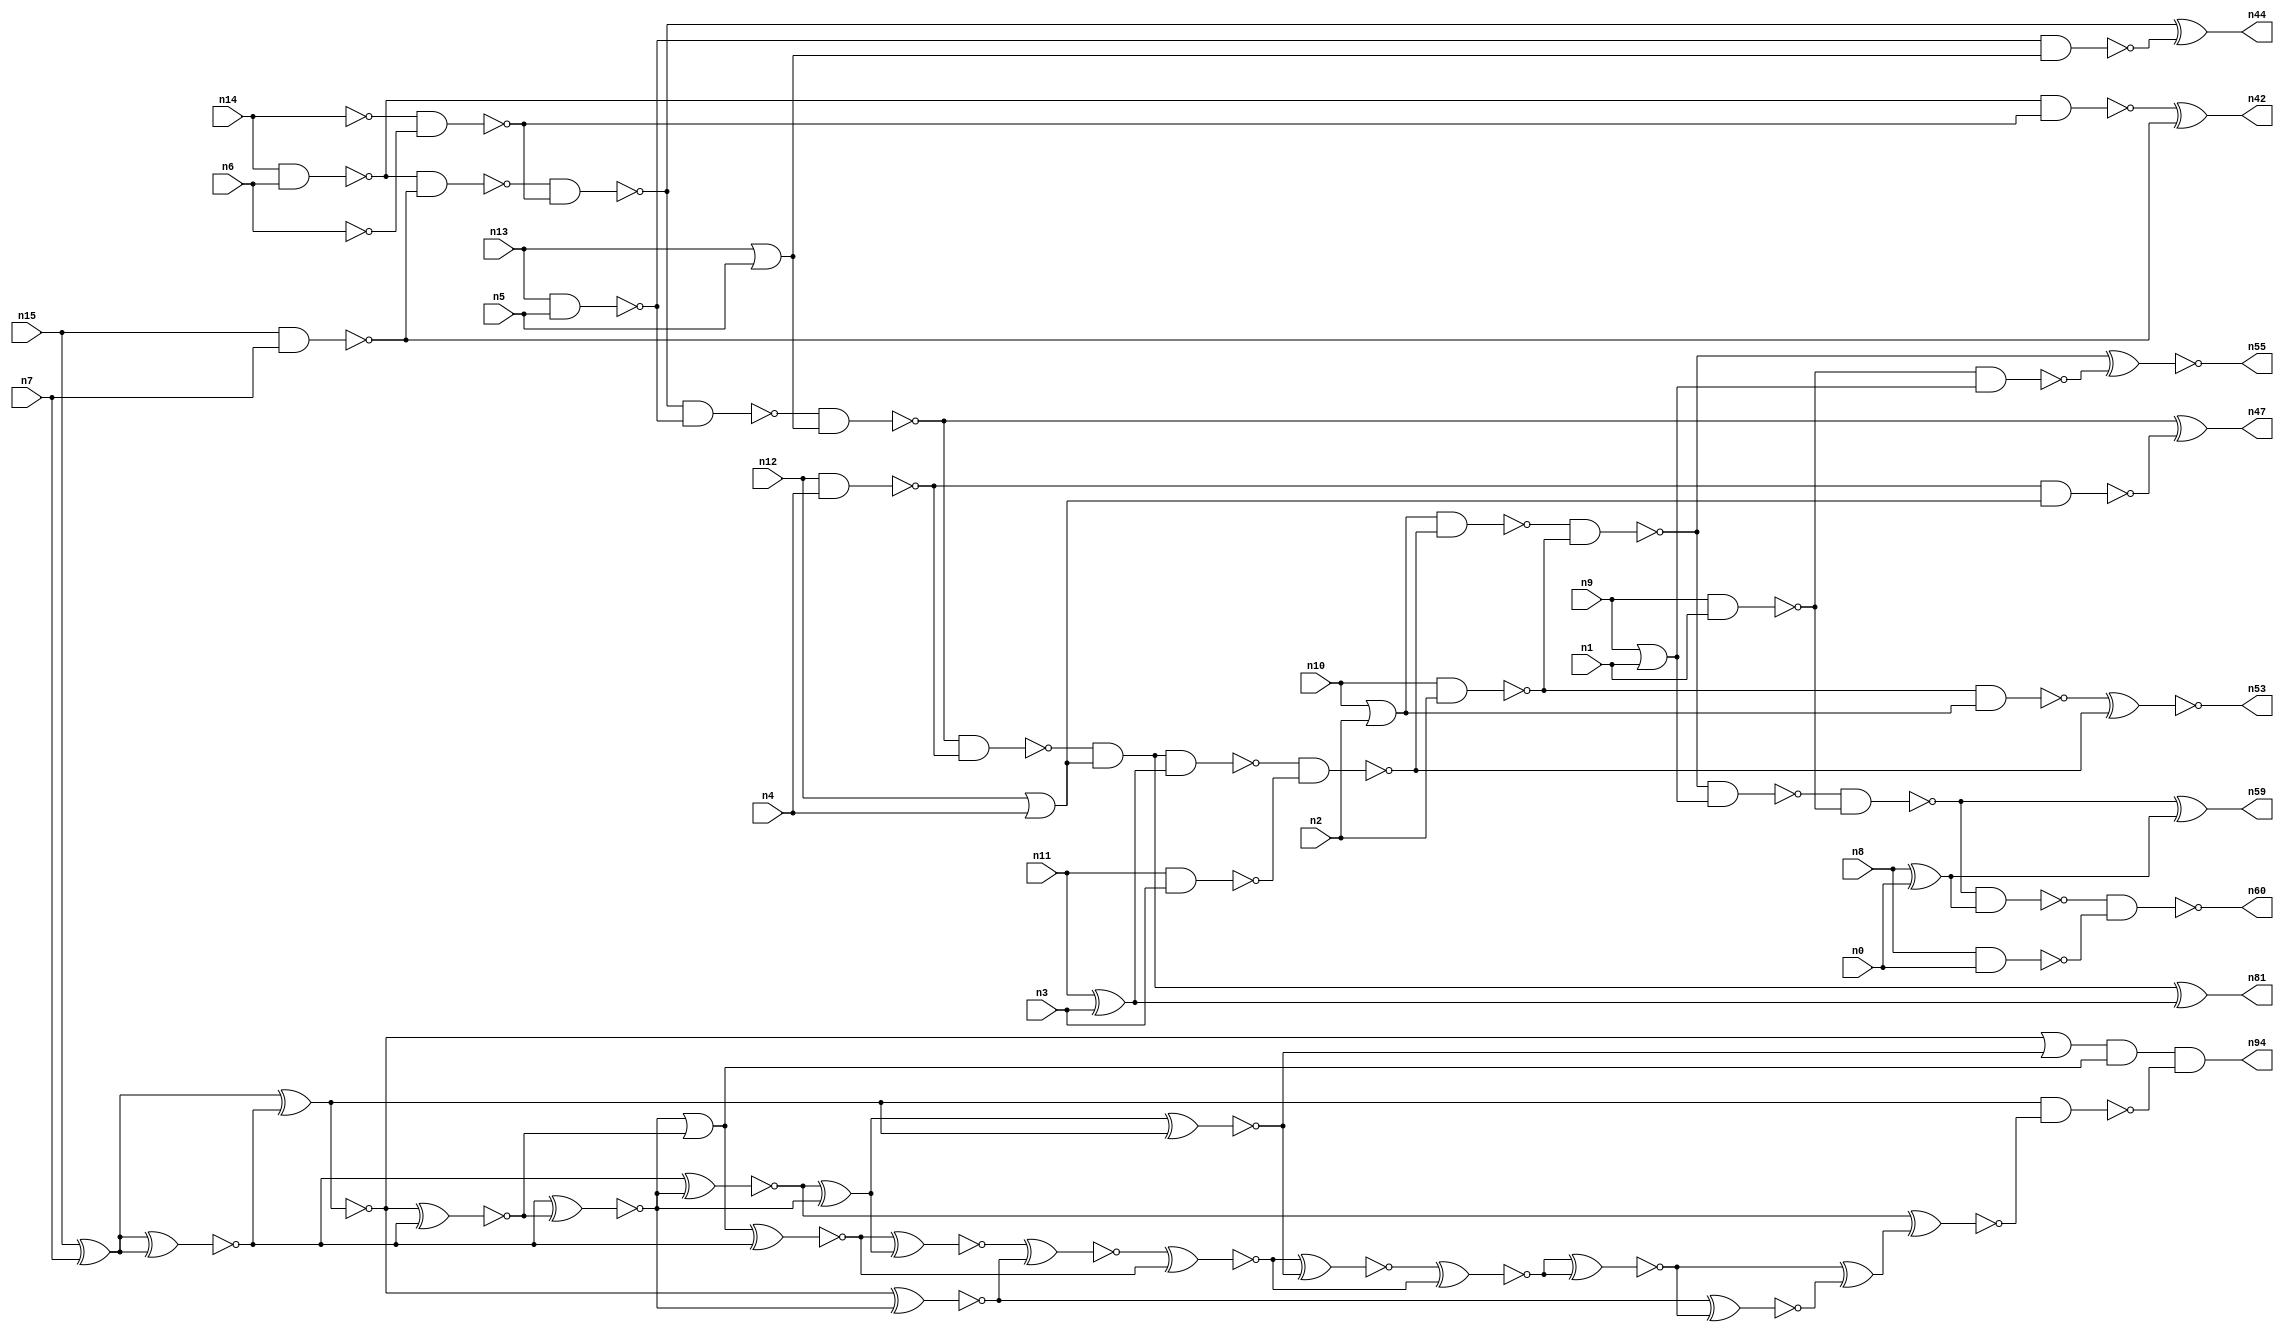
module addr8u_area_60 (
n0, n1, n2, n3, n4, n5, n6, n7, n8, n9, n10, n11, n12, n13, n14, n15, 
n60, n59, n55, n53, n81, n47, n44, n42, n94
);

input n0, n1, n2, n3, n4, n5, n6, n7, n8, n9, n10, n11, n12, n13, n14, n15;
output n60, n59, n55, n53, n81, n47, n44, n42, n94;
wire n30, n69, n61, n46, n68, n79, n18, n93, n45, n56, n37, n80, n40, n62, n25, n85, n67, n22, n38, n39, 
n57, n70, n19, n34, n76, n26, n50, n29, n72, n35, n91, n24, n52, n63, n75, n49, n74, n89, n17, n65, 
n87, n51, n82, n36, n20, n23, n16, n66, n48, n21, n41, n54, n27, n33, n28, n58, n86, n88, n71, n73, 
n31, n84, n32, n77, n43, n64;

nand (n16, n9, n1);
not (n17, n6);
or (n18, n12, n4);
xor (n19, n8, n0);
or (n20, n10, n2);
xor (n21, n11, n3);
nor (n22, n9, n1);
nand (n23, n12, n4);
nand (n24, n14, n6);
nand (n25, n15, n7);
xor (n26, n15, n7);
not (n27, n14);
nand (n28, n11, n3);
nand (n29, n10, n2);
or (n30, n13, n5);
nand (n31, n13, n5);
nand (n32, n8, n0);
nand (n33, n23, n18);
nand (n34, n27, n17);
not (n35, n22);
nand (n36, n31, n30);
nand (n37, n24, n25);
nand (n38, n29, n20);
nand (n39, n37, n34);
nand (n40, n24, n34);
nand (n41, n16, n35);
xor (n42, n40, n25);
nand (n43, n39, n31);
xor (n44, n39, n36);
nand (n45, n43, n30);
nand (n46, n45, n23);
xor (n47, n45, n33);
and (n48, n46, n18);
xor (n49, n48, n21);
nand (n50, n48, n21);
nand (n51, n50, n28);
nand (n52, n20, n51);
xnor (n53, n38, n51);
nand (n54, n52, n29);
xnor (n55, n54, n41);
nand (n56, n54, n35);
nand (n57, n56, n16);
nand (n58, n57, n19);
xor (n59, n57, n19);
nand (n60, n58, n32);
xnor (n61, n26, n26);
xnor (n62, n26, n26);
xor (n63, n26, n61);
xnor (n64, n26, n61);
xnor (n65, n26, n26);
xnor (n66, n64, n65);
xnor (n67, n61, n66);
xnor (n68, n26, n62);
xnor (n69, n66, n65);
xnor (n70, n62, n68);
xnor (n71, n62, n69);
or (n72, n67, n70);
xnor (n73, n72, n65);
xor (n74, n71, n67);
xnor (n75, n73, n74);
xnor (n76, n68, n69);
xnor (n77, n74, n63);
or (n79, n64, n77);
xnor (n80, n75, n76);
or (n81, n49, n49);
and (n82, n79, n72);
xnor (n84, n80, n73);
xnor (n85, n84, n77);
xnor (n86, n85, n84);
xnor (n87, n86, n86);
xnor (n88, n76, n87);
xor (n89, n87, n88);
xnor (n91, n71, n89);
nand (n93, n63, n91);
and (n94, n82, n93);

endmodule